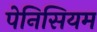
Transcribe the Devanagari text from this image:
पेनिसियम